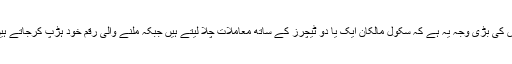
اس کی بڑی وجہ یہ ہے کہ سکول مالکان ایک یا دو ٹیچرز کے ساتھ معاملات چلا لیتے ہیں جبکہ ملنے والی رقم خود ہڑپ کرجاتے ہیں۔